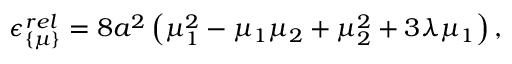
\epsilon _ { \{ \mu \} } ^ { r e l } = 8 a ^ { 2 } \left( \mu _ { 1 } ^ { 2 } - \mu _ { 1 } \mu _ { 2 } + \mu _ { 2 } ^ { 2 } + 3 \lambda \mu _ { 1 } \right) ,